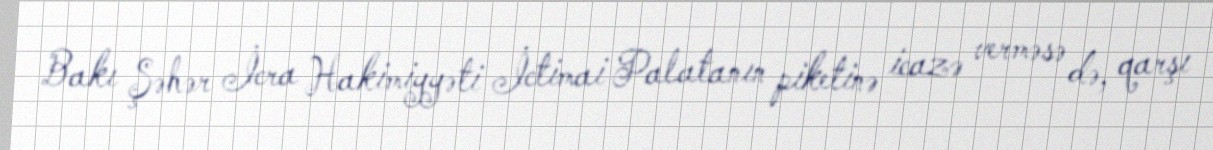
Bakı Şəhər İcra Hakimiyyəti İctimai Palatanın piketinə icazə verməsə də, qarşı